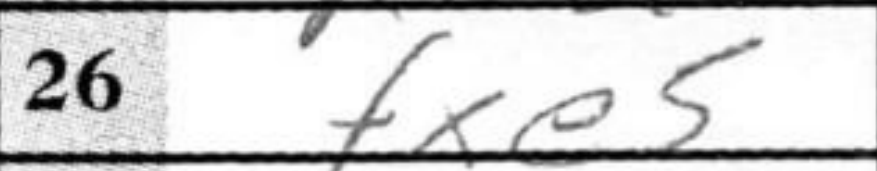
Transcription: fxe5